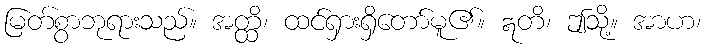
မြတ်စွာဘုရားသည်။ အတ္ထိ၊ ထင်ရှားရှိတော်မူ၏။ ဣတိ၊ ဤသို့။ အာဟ၊